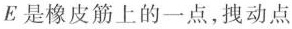
E是橡皮筋上的一点，拽动点